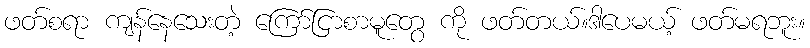
ဖတ်စရာ ကျန်နေသေးတဲ့ ကြော်ငြာစာမူတွေ ကို ဖတ်တယ်။ဒါပေမယ့် ဖတ်မရဘူး။